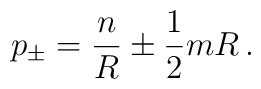
p_{\pm }=\displaystyle\frac{n}{R}\pm \displaystyle\frac{1}{2}mR\, .